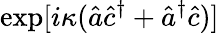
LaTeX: \exp[i\kappa(\hat{a}\hat{c}^{\dagger}+\hat{a}^{\dagger}\hat{c})]